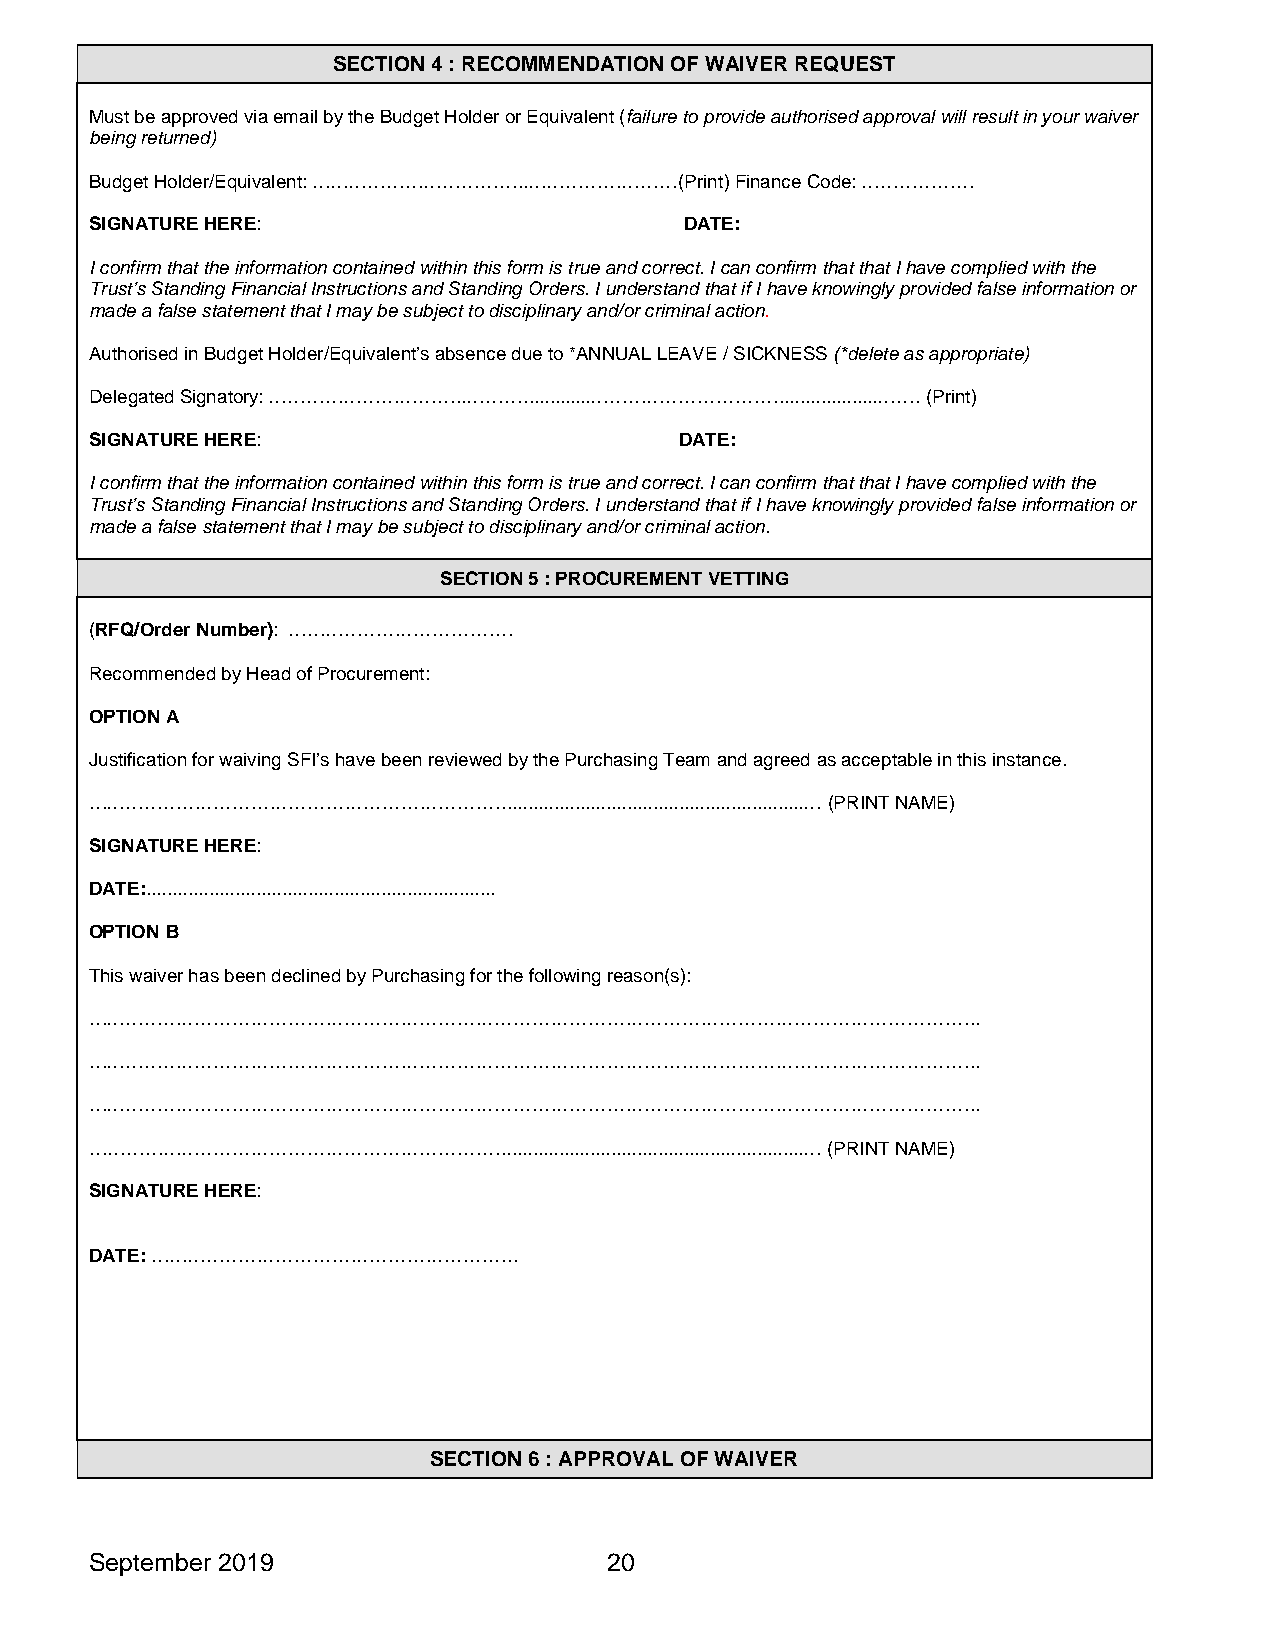
SECTION 4 : RECOMMENDATION OF WAIVER REQUEST
 Must be approved via email by the Budget Holder or Equivalent (failure to provide authorised approval will result in your waiver
 being returned)
 Budget Holder/Equivalent: ……………………………..……………………(Print) Finance Code: ………………
 SIGNATURE HERE:                        DATE:
 I confirm that the information contained within this form is true and correct. I can confirm that that I have complied with the
 Trust’s Standing Financial Instructions and Standing Orders. I understand that if I have knowingly provided false information or
 made a false statement that I may be subject to disciplinary and/or criminal action.
 Authorised in Budget Holder/Equivalent’s absence due to *ANNUAL LEAVE / SICKNESS (*delete as appropriate)
 Delegated Signatory: …………………………..……….............…………………………...................……. (Print)
 SIGNATURE HERE:                        DATE:
 I confirm that the information contained within this form is true and correct. I can confirm that that I have complied with the
 Trust’s Standing Financial Instructions and Standing Orders. I understand that if I have knowingly provided false information or
 made a false statement that I may be subject to disciplinary and/or criminal action.
 SECTION 5 : PROCUREMENT VETTING
 (RFQ/Order Number): ………………………………
 Recommended by Head of Procurement:
 OPTION A
 Justification for waiving SFI’s have been reviewed by the Purchasing Team and agreed as acceptable in this instance.
 …………………………………………………………..........................................................… (PRINT NAME)
 SIGNATURE HERE:
 DATE:...................................................................
 OPTION B
 This waiver has been declined by Purchasing for the following reason(s):
 ……………………………………………………………………………………………………………………………..
 ……………………………………………………………………………………………………………………………..
 ……………………………………………………………………………………………………………………………..
 …………………………………………………………..........................................................… (PRINT NAME)
 SIGNATURE HERE:
 DATE: …………………………………………………..
 SECTION 6 : APPROVAL OF WAIVER
 September 2019                    20